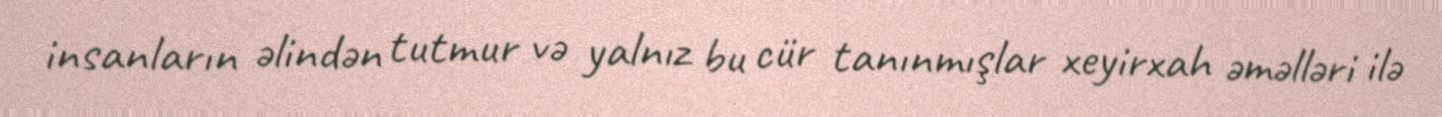
insanların əlindən tutmur və yalnız bu cür tanınmışlar xeyirxah əməlləri ilə